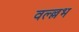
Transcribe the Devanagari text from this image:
वल्ल्लभ